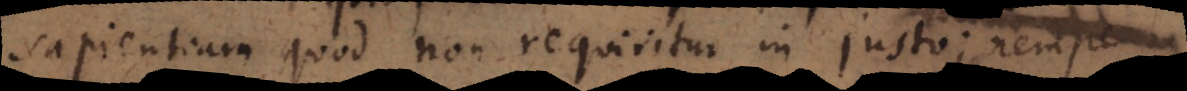
sapientiam quod non requiritur in justo; nempe